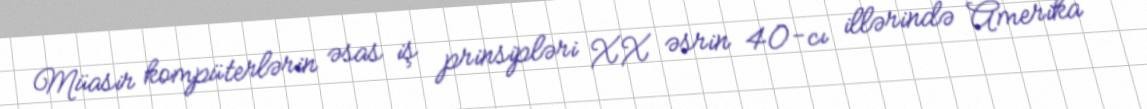
Müasir kompüterlərin əsas iş prinsipləri XX əsrin 40-cı illərində Amerika